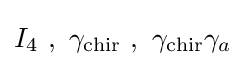
I_{4}~,~\gamma _{\text{chir}}~,~\gamma _{\text{chir}}\gamma _{a}